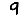
Digit: 9